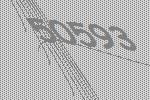
50593